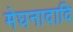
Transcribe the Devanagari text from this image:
मेघनादादि